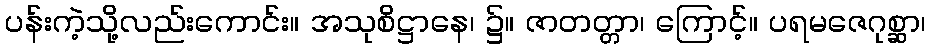
ပန်းကဲ့သို့လည်းကောင်း။ အသုစိဋ္ဌာနေ၊ ၌။ ဇာတတ္တာ၊ ကြောင့်။ ပရမဇေဂုစ္ဆာ၊